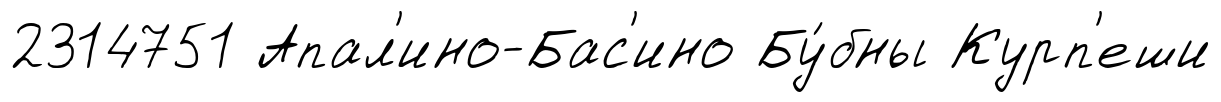
2314751 Апал'ино-Бас'ино Бу́бны Курп'еши